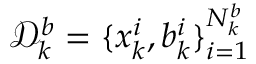
\mathcal { D } _ { k } ^ { b } = \{ x _ { k } ^ { i } , b _ { k } ^ { i } \} _ { i = 1 } ^ { N _ { k } ^ { b } }